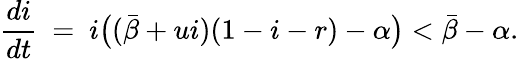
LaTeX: \frac{di}{dt}\ =\ i\big((\bar{\beta}+ui)(1-i-r)-\alpha\big)<\bar{\beta}-\alpha.